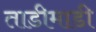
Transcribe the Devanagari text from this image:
ताडीमाडी